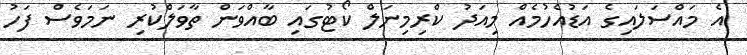
އެ މައްސަލައިގެ އަޑުއެހުމެއް މިއަދު ކްރިމިނަލް ކޯޓުގައި ބާއްވަން ތާވަލްކުރި ނަމަވެސް ފަހު